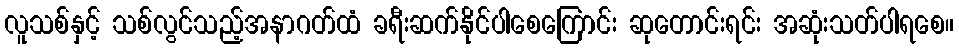
လူသစ်နှင့် သစ်လွင်သည့်အနာဂတ်ထံ ခရီးဆက်နိုင်ပါစေကြောင်း ဆုတောင်းရင်း အဆုံးသတ်ပါရစေ။